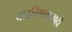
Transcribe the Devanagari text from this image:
वाढविण्याचाही